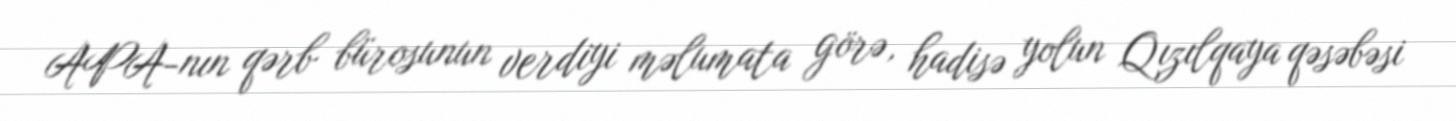
APA-nın qərb bürosunun verdiyi məlumata görə, hadisə yolun Qızılqaya qəsəbəsi